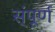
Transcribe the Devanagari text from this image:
स्ंपूर्ण